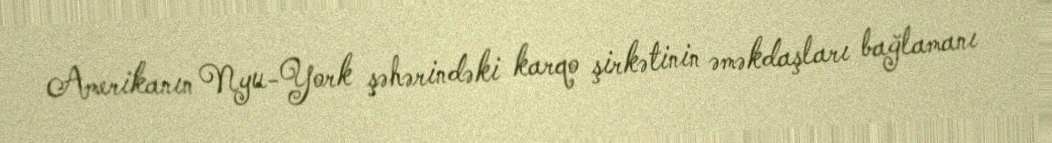
Amerikanın Nyu-York şəhərindəki karqo şirkətinin əməkdaşları bağlamanı